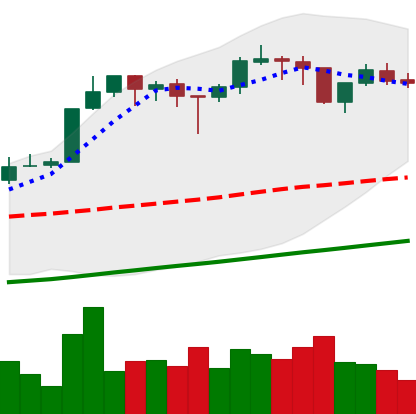
Ticker: BTC-USD
Chart end date: 2017-10-28
Forward return: 23.038%
Label: up_7plus